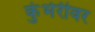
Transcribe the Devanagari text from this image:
कुंभेरीवर